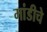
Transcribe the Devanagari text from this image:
मांडीचे